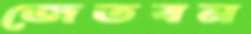
জেতবন